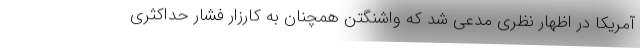
آمریکا در اظهار نظری مدعی شد که واشنگتن همچنان به کارزار فشار حداکثری